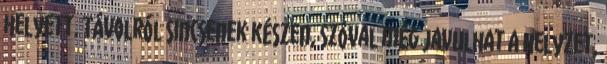
helyett. Távolról sincsenek készen, szóval még javulhat a helyzet,